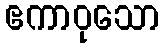
ဧကာဝုသော